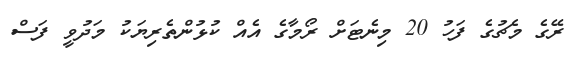
ރޭގެ މެޗުގެ ފަހު 20 މިނެޓަށް ރޯމާގެ އެއް ކުޅުންތެރިޔަކު މަދުވީ ފަސް